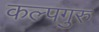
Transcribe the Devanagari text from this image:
कल्पगुरु